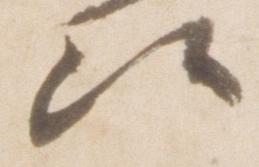
候